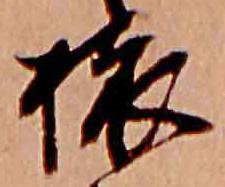
旅